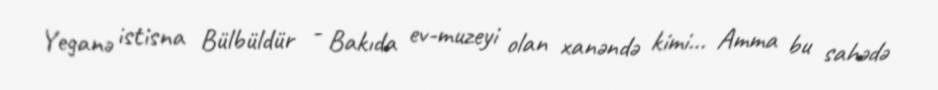
Yeganə istisna Bülbüldür - Bakıda ev-muzeyi olan xanəndə kimi... Amma bu sahədə